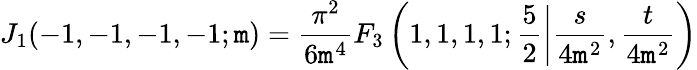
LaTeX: J_{1}(-1,-1,-1,-1;\mathtt{m})=\frac{{\pi^{2}}}{{6\mathtt{m}^{4}}}F_{3}\left(1,1,1,1;\frac{{5}}{{2}}\left|\frac{{s}}{{4\mathtt{m}^{2}}},\frac{{t}}{{4\mathtt{m}^{2}}}\right)\right.